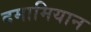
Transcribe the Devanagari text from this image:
दमामियान